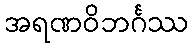
အရဏဝိဘင်္ဂဿ